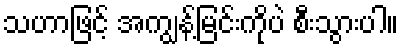
သဟာဖြင့် အကျွန့်မြင်းကိုပဲ စီးသွားပါ။